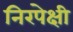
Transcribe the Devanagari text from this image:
निरपेक्षी